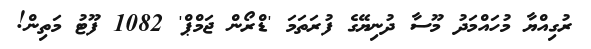
ރުގިއްޔާ މުހައްމަދު މޫސާ ދުނިޔޭގެ ފުރަތަމަ 'ޑްރޯން ޖަމްޕް' 1082 ފޫޓު މަތިން!